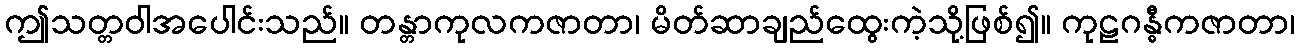
ဤသတ္တဝါအပေါင်းသည်။ တန္တာကုလကဇာတာ၊ မိတ်ဆာချည်ထွေးကဲ့သို့ဖြစ်၍။ ကုဠဂန္ဓီကဇာတာ၊